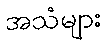
အသံများ